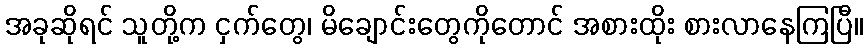
အခုဆိုရင် သူတို့က ငှက်တွေ၊ မိချောင်းတွေကိုတောင် အစားထိုး စားလာနေကြပြီ။